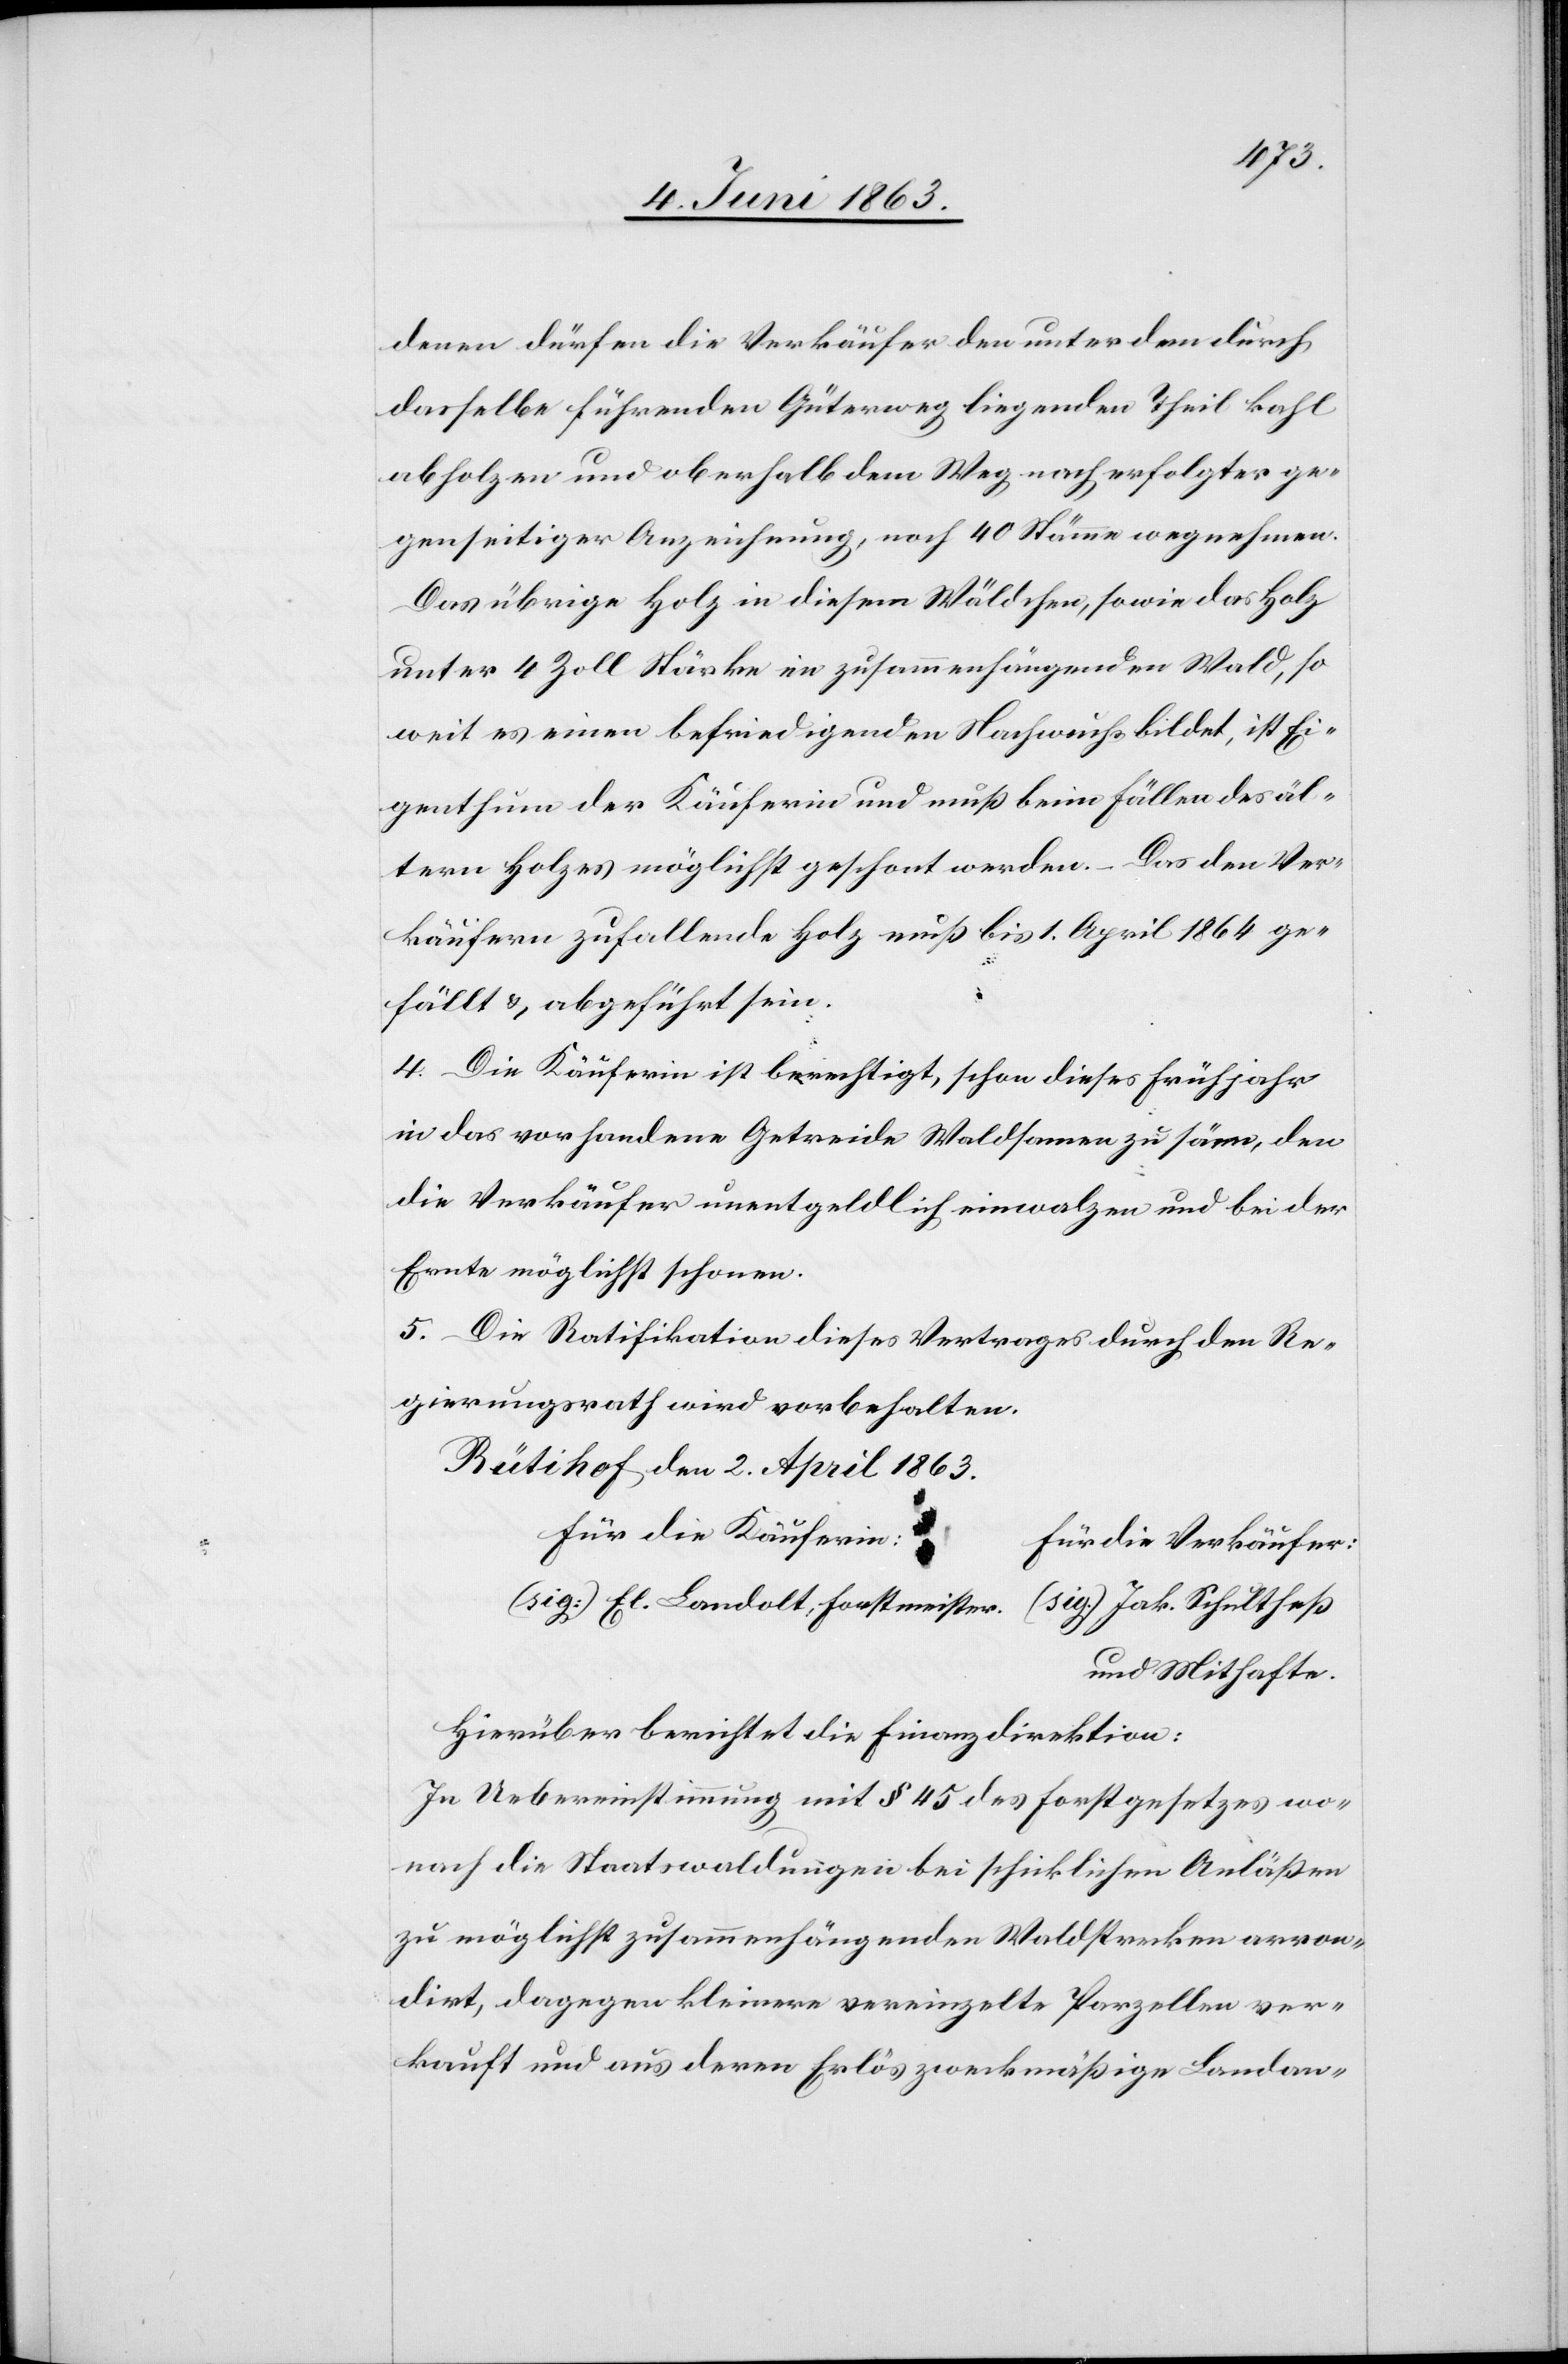
denen dürfen die Verkäufer den unter dem durch
dasselbe führenden Güterweg liegenden Theil kahl
abholzen und oberhalb dem Weg nach erfolgter ge¬
genseitiger Anzeichnung, noch 40 Stämme wegnehmen.
Das übrige Holz in diesem Wäldchen, sowie das Holz
unter 4 Zoll Stärke im zusammenhängenden Wald, so
weit es einen befriedigenden Nachwuchs bildet, ist Ei¬
genthum der Käuferin und muß beim Fällen des äl¬
tern Holzes möglichst geschont werden. – Das den Ver¬
käufern zufallende Holz muß bis 1. April 1864 ge¬
fällt & abgeführt sein.
4. Die Käuferin ist berechtigt, schon dieses Frühjahr
in das vorhandene Getreide Waldsamen zu säen, den
die Verkäufer unentgeldlich einwalzen und bei der
Ernte möglichst schonen.
5. Die Ratifikation dieses Vertrages durch den Re¬
gierungsrath wird vorbehalten.
Rütihof den 2. April 1863.
Für die Käuferin:	F¬
ür die Verkäufer:
(sig:) El. Landolt, Forstmeister.	(sig.) Jak. Schultheß
und Mithafte.
Hierüber berichtet die Finanzdirektion:
In Uebereinstimmungen mit § 45 des Forstgesetzes wo¬
nach die Staatswaldungen bei schicklichen Anläßen
zu möglichst zusammenhängenden Waldstrecken arron¬
dirt, dagegen kleinere vereinzelte Parzellen ver¬
kauft und aus deren Erlös zweckmäßige Landan-